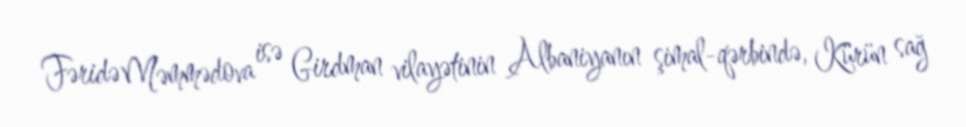
Fəridə Məmmədova isə Girdman vilayətinin Albaniyanın şimal-qərbində, Kürün sağ